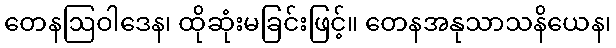
တေနဩဝါဒေန၊ ထိုဆုံးမခြင်းဖြင့်။ တေနအနုသာသနိယေန၊